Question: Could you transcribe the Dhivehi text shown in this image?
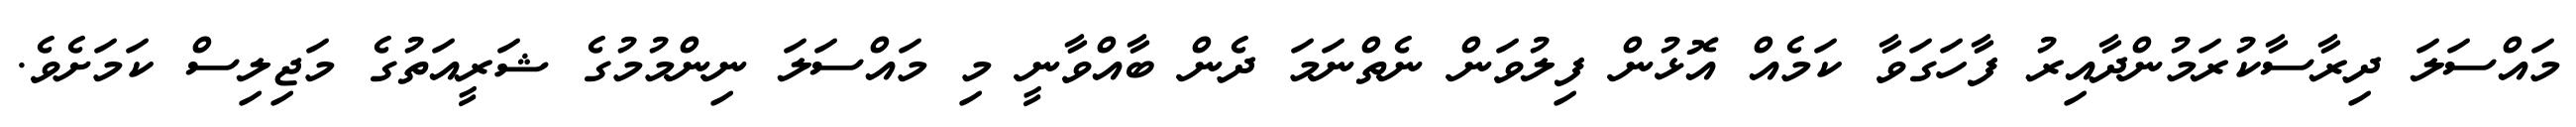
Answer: މައްސަލަ ދިރާސާކުރަމުންދާއިރު ފާހަގަވާ ކަމެއް އޮޅުން ފިލުވަން ނެތްނަމަ ދެން ބާއްވާނީ މި މައްސަލަ ނިންމުމުގެ ޝަރީއަތުގެ މަޖިލިސް ކަމަށެވެ.